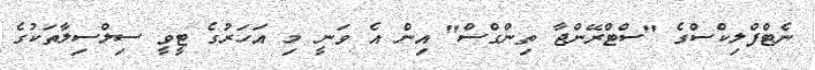
ނެޓްފްލިކްސްގެ "ސްޓްރޭންޖާ ތިންގްސް" އިން އެ ވަނީ މި އަހަރުގެ ޓީވީ ސިލްސިލާތަކުގެ